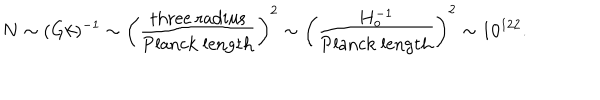
N \sim ( G k ) ^ { - 1 } \sim \left( { \frac { \mathrm { t h r e e \ r a d i u s } } { \mathrm { P l a n c k \ l e n g t h } } } \right) ^ { 2 } \sim \left( { \frac { H _ { o } ^ { - 1 } } { \mathrm { P l a n c k \ l e n g t h } } } \right) ^ { 2 } \sim 1 0 ^ { 1 2 2 } .